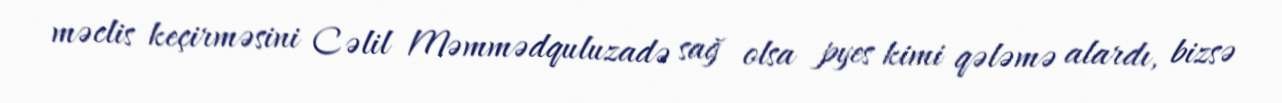
məclis keçirməsini Cəlil Məmmədquluzadə sağ olsa pyes kimi qələmə alardı, bizsə